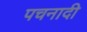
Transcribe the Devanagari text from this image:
पचनादी